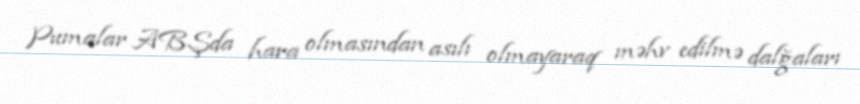
Pumalar ABŞda hara olmasından asılı olmayaraq məhv edilmə dalğaları